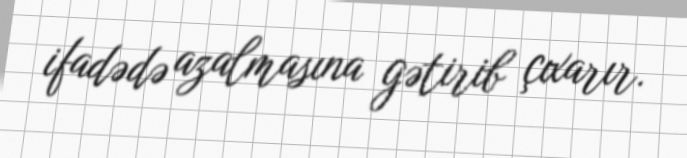
ifadədə azalmasına gətirib çıxarır.